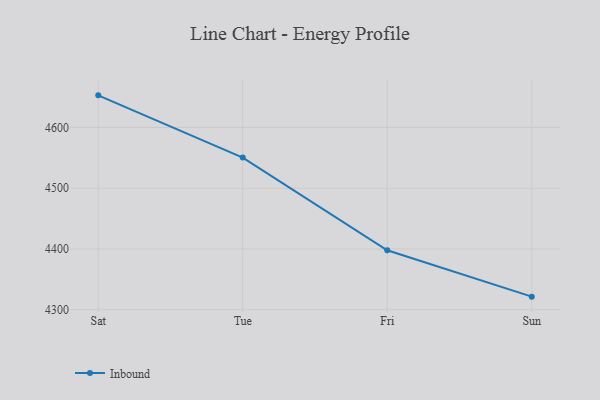
{"axis": {"x": "Day", "y": "Humidity (%)"}, "legend": ["Inbound"], "data": [{"x": "Sat", "y": 4652.8, "type": "Inbound"}, {"x": "Tue", "y": 4550.4, "type": "Inbound"}, {"x": "Fri", "y": 4397.8, "type": "Inbound"}, {"x": "Sun", "y": 4321.5, "type": "Inbound"}]}